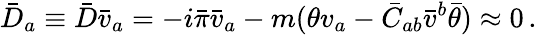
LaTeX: \bar{D}_{a}\equiv\bar{D}\bar{v}_{a}=-i\bar{\pi}\bar{v}_{a}-m(\theta v_{a}-\bar{C}_{ab}\bar{v}^{b}\bar{\theta})\approx 0\, .